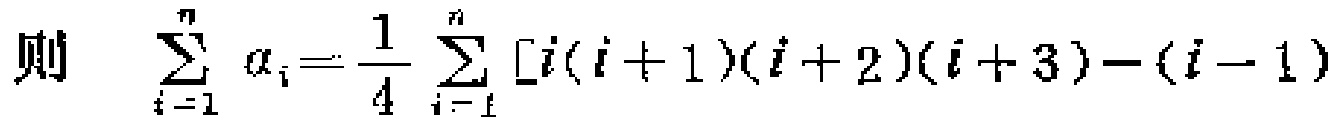
则 \(\sum_{i = 1}^{n} a_{i}=\frac{1}{4} \sum_{i = 1}^{n} [i(i + 1)(i + 2)(i + 3)-(i - 1)\)